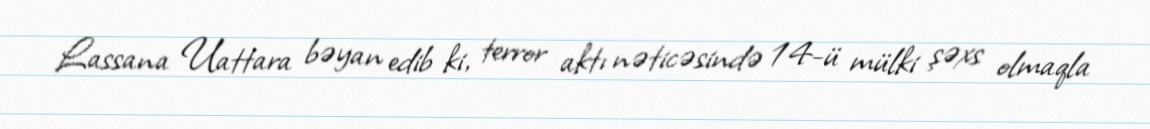
Lassana Uattara bəyan edib ki, terror aktı nəticəsində 14-ü mülki şəxs olmaqla